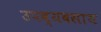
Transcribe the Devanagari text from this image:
उपव्यवसाय